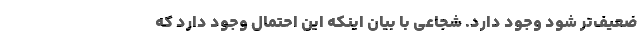
ضعیف‌تر شود وجود دارد. شجاعی با بیان اینکه این احتمال وجود دارد که